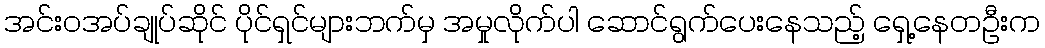
အင်းဝအပ်ချုပ်ဆိုင် ပိုင်ရှင်များဘက်မှ အမှုလိုက်ပါ ဆောင်ရွက်ပေးနေသည့် ရှေ့နေတဦးက